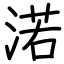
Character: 渃